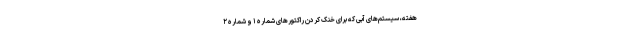
هفته، سیستم‌های آبی که برای خنک کردن راکتورهای شماره ۱ و شماره ۲